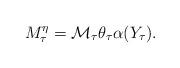
LaTeX: \begin{align*}M_{\tau}^\eta=\mathcal{M}_{ \tau} \theta_{ \tau}\alpha(Y_{\tau}).\end{align*}